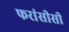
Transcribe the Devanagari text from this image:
फरांसीसी